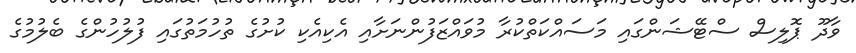
ވާދޫ ޕޮލިސް ސްޓޭޝަންގައި މަސައްކަތްކުރާ މުވައްޒަފުންނަށާއި އެކިއެކި ކުށުގެ ތުހުމަތުގައި ފުލުހުުންގެ ބެލުމުގެ